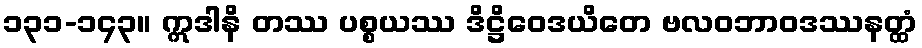
၁၃၁-၁၄၃။ ဣဒါနိ တဿ ပစ္စယဿ ဒိဋ္ဌိဝေဒယိတေ ဗလဝဘာဝဒဿနတ္ထံ